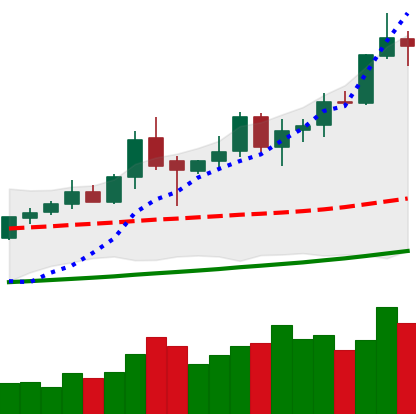
Ticker: XMR-USD
Chart end date: 2020-10-13
Forward return: -3.249%
Label: down_3_5